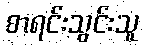
စာရင်းသွင်းသူ